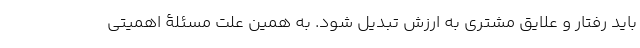
باید رفتار و علایق مشتری به ارزش تبدیل شود. به همین علت مسئلۀ اهمیتی